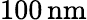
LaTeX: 100\, \mathrm{nm}